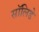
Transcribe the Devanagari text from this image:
सॉलिडे